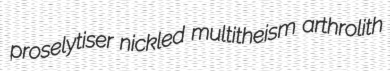
proselytiser nickled multitheism arthrolith